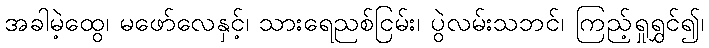
အခါမဲ့ထွေ၊ မဖော်လေနှင့်၊ သားရေညစ်ငြမ်း၊ ပွဲလမ်းသဘင်၊ ကြည့်ရှုရွှင်၍၊